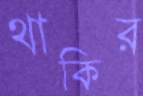
থাকির